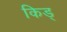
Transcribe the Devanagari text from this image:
किड्